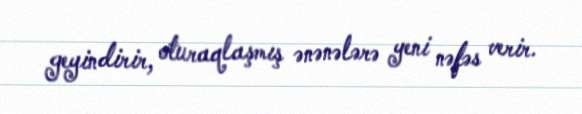
geyindirir, oturaqlaşmış ənənələrə yeni nəfəs verir.